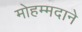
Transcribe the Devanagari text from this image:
मोहम्मदाने